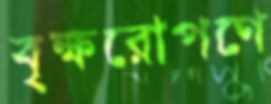
বৃক্ষরোপণে